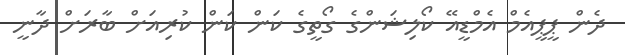
ދެން ޕީޕީއެމް އެމްޑީއޭ ކޯލިޝަންގެ ގޯތީގެ ކަން ކަން ކުރިއަށް ބާރަށް ދާނީ